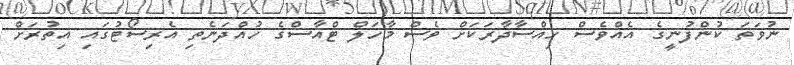
ނުވަތަ ކުންފުނީގެ އެއްވެސް ހިއްސާދާރަކަށް ވެސް މާހަލް ޓްއާސްގެ ހުއްދަނެތި އެރިސޯޓުގައި އިތުރަށް